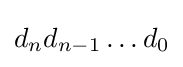
d_{n}d_{n-1}\dots d_{0}